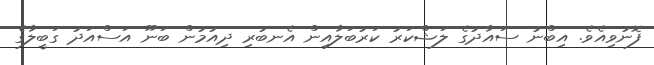
ފޮނުވިއެވެ. އިބްނު ސައާދުގެ ލަޝްކަރު ކަރުބަލާއިން އެނބުރި ދިއުމުން ބަނޫ އަސްއަދު ގަބީލާގެ